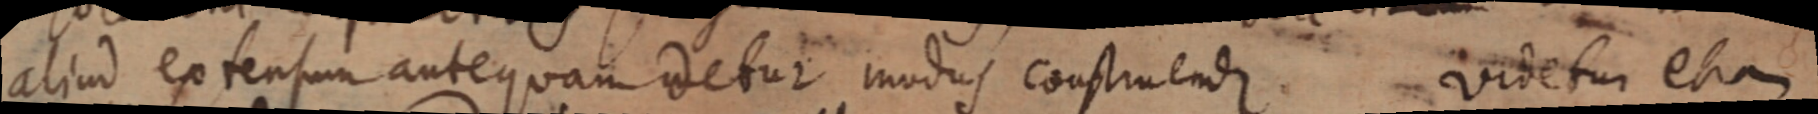
aliud extensum antequam detur modus construendum. videtur etiam